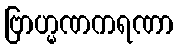
ဗြာဟ္မဏကရဏာ